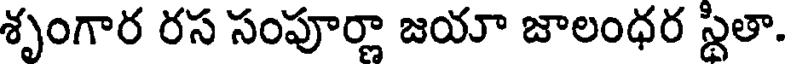
శృంగార రస సంపూర్ణా జయా జాలంధర స్థితా.